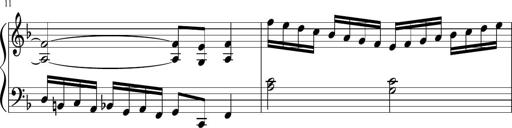
Title: Sonatina di Santa Gemma, JKB 12
Composer: Jason Baruk
Key: F major